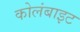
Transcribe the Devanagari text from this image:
कोलंबाइट